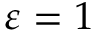
\varepsilon = 1